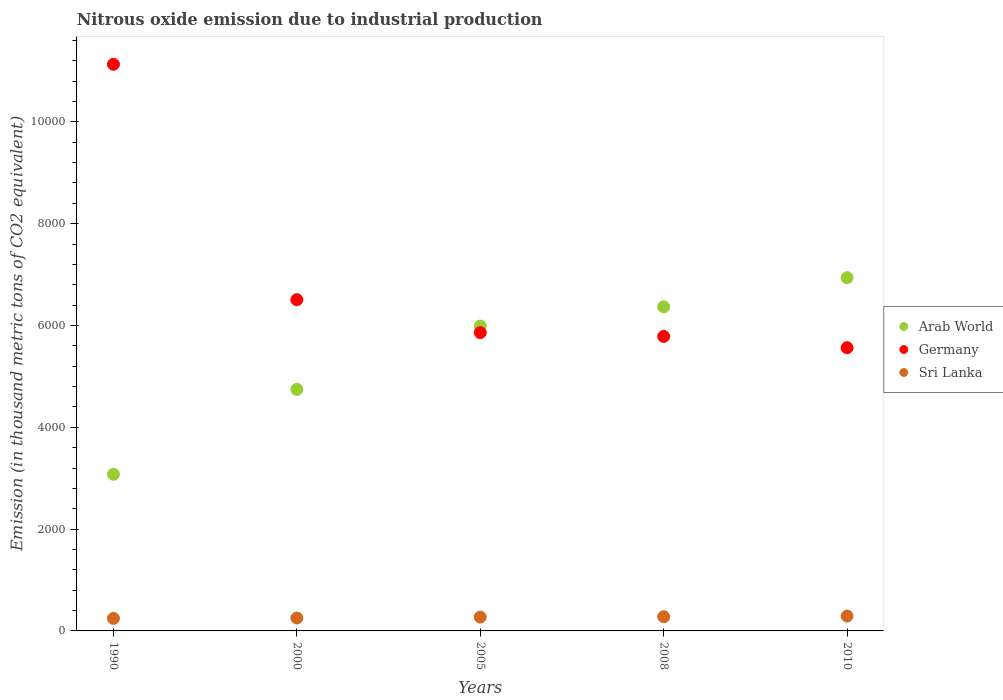
| Years | Arab World | Germany | Sri Lanka |
 | --- | --- | --- | --- |
 | 1990 | 3.08e+03 | 1.11e+04 | 246 |
 | 2000 | 4.75e+03 | 6.51e+03 | 254 |
 | 2005 | 5.99e+03 | 5.86e+03 | 272 |
 | 2008 | 6.37e+03 | 5.79e+03 | 278 |
 | 2010 | 6.94e+03 | 5.56e+03 | 292 |